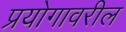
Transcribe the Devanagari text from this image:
प्रयोगावरील